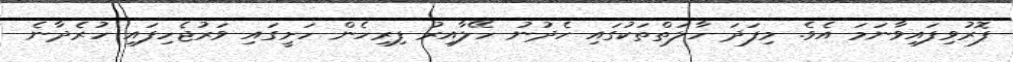
ފޮރުވިފައިވާނަމަ އެވެ. މިފަދަ ހާލަތްތަކުގައި ހެދުނު ހޭލާއިރު ފިރިހެން ހަށީގައި ވަރުޖެހިފައި ހުރެދާނެ